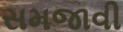
સમજાવી